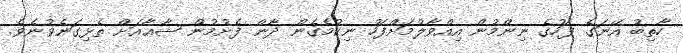
ހާތިބު އޭނަގެ ފަހުގެ ނިންމުން އިއްވާލުމަށްފަހު ނިކުމެގެން ދާން ފެށުމުން ޝާޢާއަށް ތެޅިގަނެވުނެވެ.